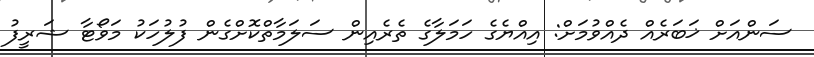
ސަންއަށް ޚަބަރެއް ދެއްވުމަށް: އިއްޔެގެ ހަމަލާގެ ތެރެއިން ސަލަމާތްކޮށްގެން ފުލުހަކު މަވޯޓާ ޝަރީފު